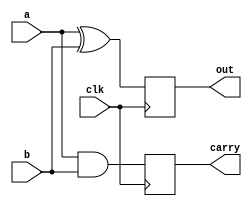
module fulladder(
  input a,
  input b,
  input clk,
  output reg out,
  output reg carry
);

  always @(posedge clk) begin
    out <= a^b;
    carry <= (a & b);
  end

endmodule